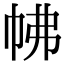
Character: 𢂀